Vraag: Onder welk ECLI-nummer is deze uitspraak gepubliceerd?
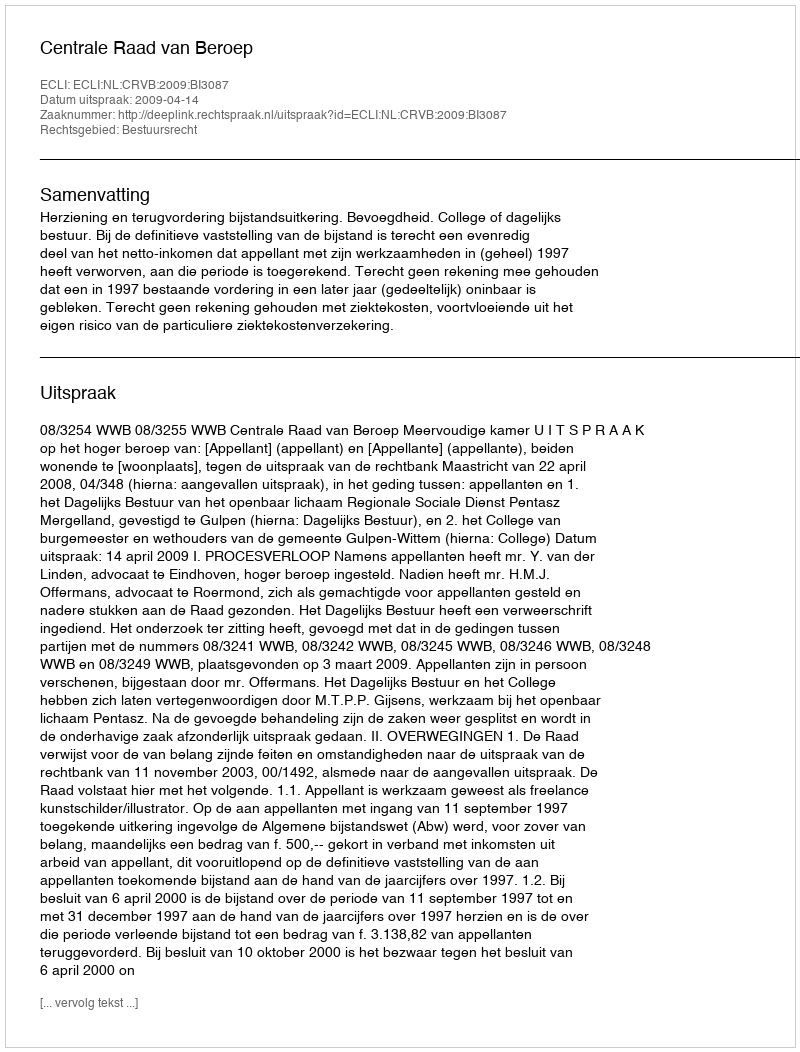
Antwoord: ECLI:NL:CRVB:2009:BI3087